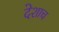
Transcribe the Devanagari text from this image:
देशाच